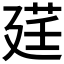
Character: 𫸓